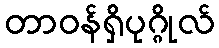
တာဝန်ရှိပုဂ္ဂိုလ်